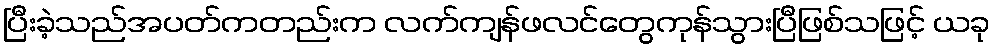
ပြီးခဲ့သည်အပတ်ကတည်းက လက်ကျန်ဖလင်တွေကုန်သွားပြီဖြစ်သဖြင့် ယခု